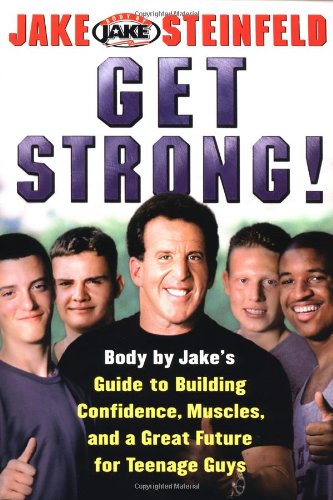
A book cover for Get Strong!: Body By Jake's Guide to Building Confidence, Muscles, and a Great Future for Teenage Guys; Jake Steinfeld; Teen & Young Adult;